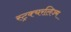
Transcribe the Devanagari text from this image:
स्ट्रक्चरलिज्म